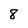
Character: 8